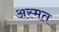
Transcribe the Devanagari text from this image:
अस्मत